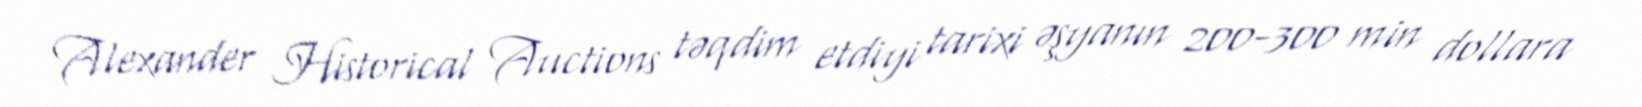
Alexander Historical Auctions təqdim etdiyi tarixi əşyanın 200-300 min dollara